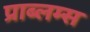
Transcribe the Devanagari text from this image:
प्राब्लम्स